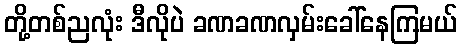
တို့တစ်ညလုံး ဒီလိုပဲ ခဏခဏလှမ်းခေါ်နေကြမယ်